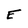
Character: E